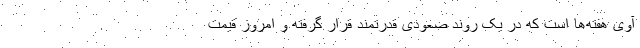
آوی هفته‌ها است که در یک روند صعودی قدرتمند قرار گرفته و امروز قیمت